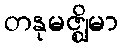
တနုမဇ္ဈိမာ